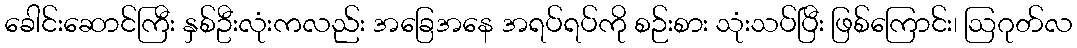
ခေါင်းဆောင်ကြီး နှစ်ဦးလုံးကလည်း အခြေအနေ အရပ်ရပ်ကို စဉ်းစား သုံးသပ်ပြီး ဖြစ်ကြောင်း၊ ဩဂုတ်လ